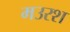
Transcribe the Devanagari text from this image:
मउरश